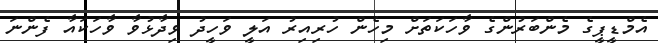
އެމްޑީޕީގެ މެންބަރުންގެ ވާހަކަތަށް މިހެން ހުރިއިރު އަލީ ވަހީދު ވިދާޅުވާ ވާހަކައާ ފެންނަ